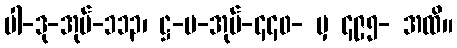
ပါ-ဒု-အုပ်-၁၁၃၊ ဋ္ဌ-မ-အုပ်-၄၄၀- မှ ၄၉၅- အထိ။